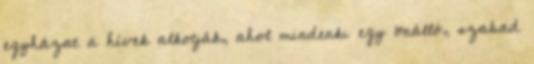
egyházat a hívek alkotják, ahol mindenki egy önálló, szabad